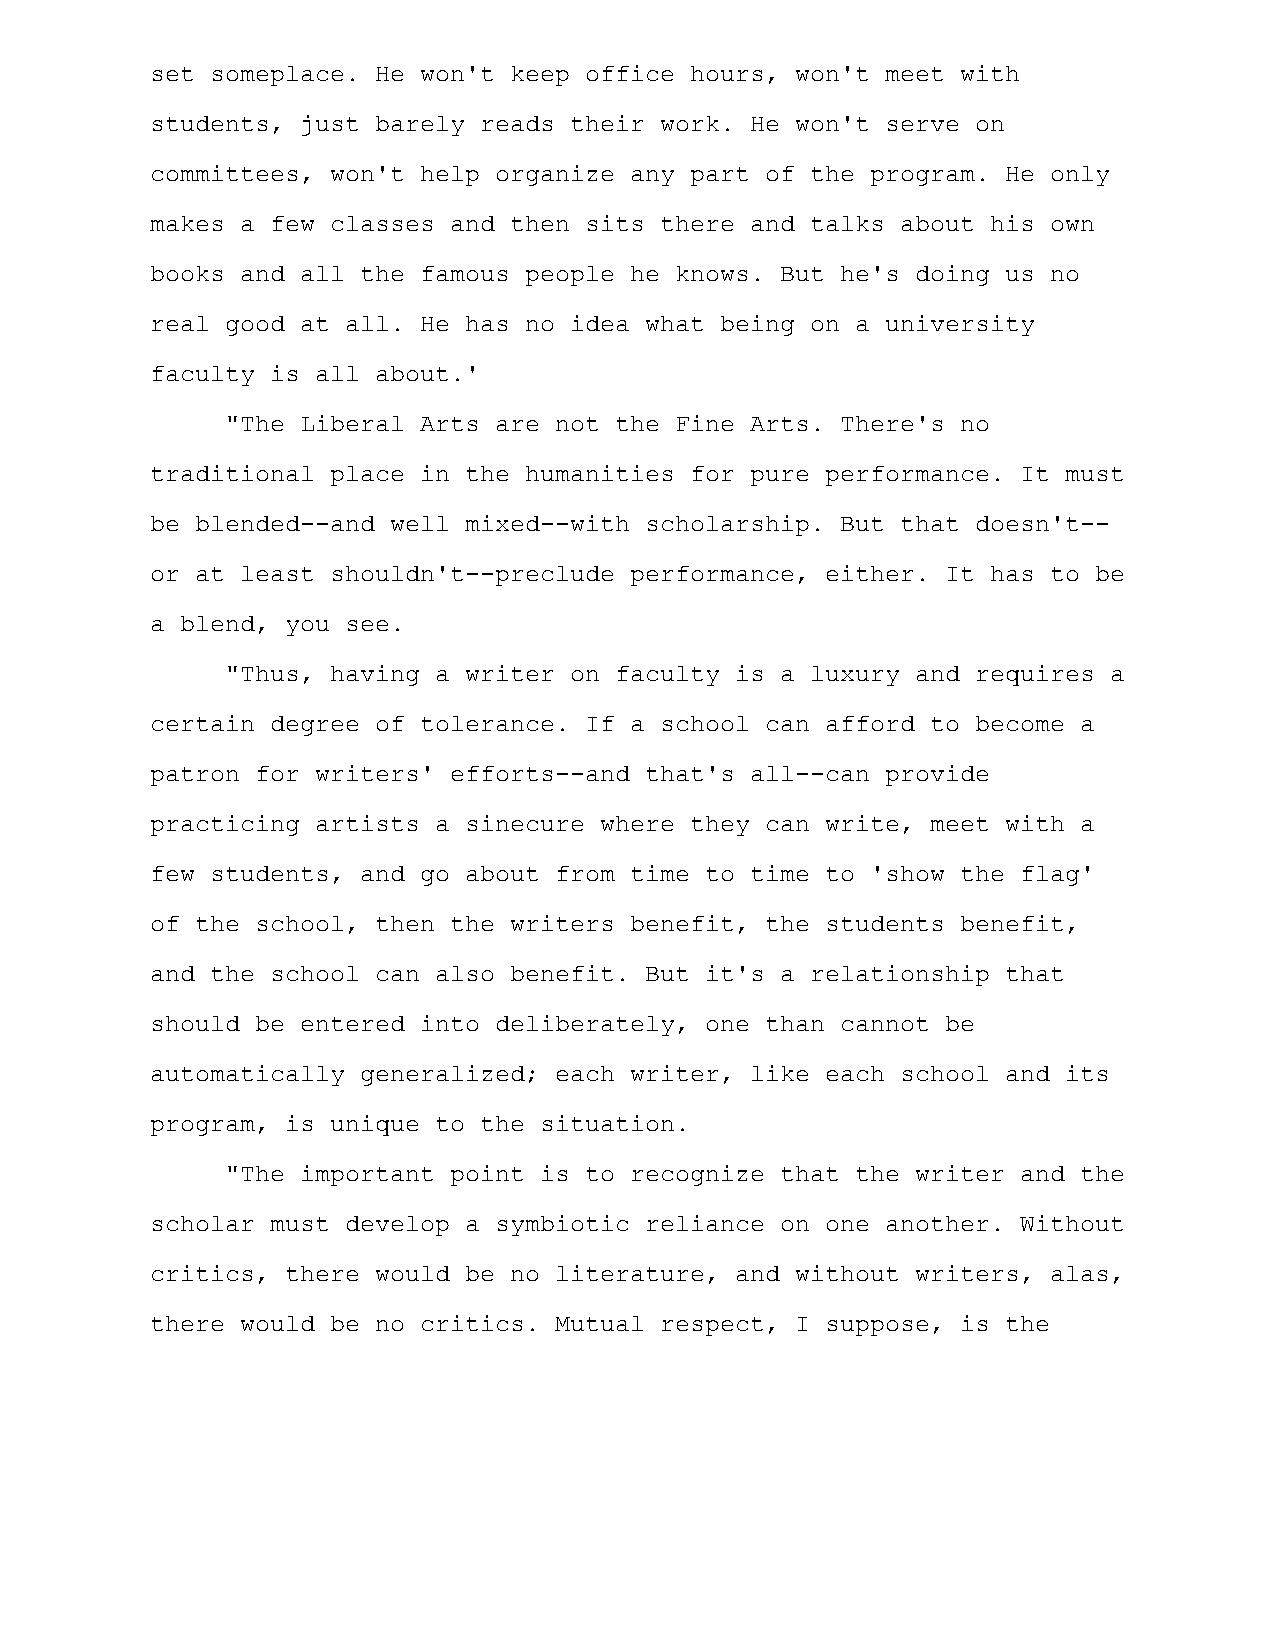
set someplace. He won't keep office hours, won't meet with
 students, just barely reads their work. He won't serve on
 committees, won't help organize any part of the program. He only
 makes a few classes and then sits there and talks about his own
 books and all the famous people he knows. But he's doing us no
 real good at all. He has no idea what being on a university
 faculty is all about.'
 "The Liberal Arts are not the Fine Arts. There's no
 traditional place in the humanities for pure performance. It must
 be blended--and well mixed--with scholarship. But that doesn't--
 or at least shouldn't--preclude performance, either. It has to be
 a blend, you see.
 "Thus, having a writer on faculty is a luxury and requires a
 certain degree of tolerance. If a school can afford to become a
 patron for writers' efforts--and that's all--can provide
 practicing artists a sinecure where they can write, meet with a
 few students, and go about from time to time to 'show the flag'
 of the school, then the writers benefit, the students benefit,
 and the school can also benefit. But it's a relationship that
 should be entered into deliberately, one than cannot be
 automatically generalized; each writer, like each school and its
 program, is unique to the situation.
 "The important point is to recognize that the writer and the
 scholar must develop a symbiotic reliance on one another. Without
 critics, there would be no literature, and without writers, alas,
 there would be no critics. Mutual respect, I suppose, is the